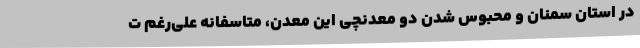
در استان سمنان و محبوس شدن دو معدنچی این معدن، متاسفانه علی‌رغم ت